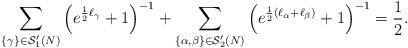
LaTeX: \begin{align*}\sum_{\{\gamma\}\in\mathcal{S}_1'(N)}\left(e^{\frac{1}{2}\ell_{\gamma}}+1\right)^{-1}+\sum_{\{\alpha,\beta\}\in\mathcal{S}_2'(N)}\left(e^{\frac{1}{2}(\ell_{\alpha}+\ell_{\beta})}+1\right)^{-1}=\frac{1}{2}.\end{align*}